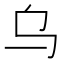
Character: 乌